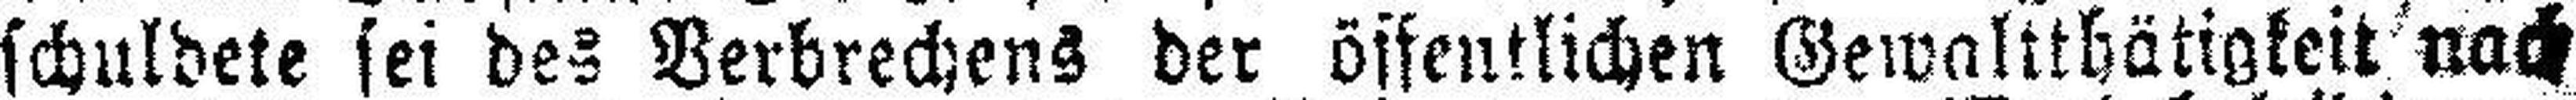
schuldete sei des Verbrechens der öffentlichen Gewaltthätigkeit nach